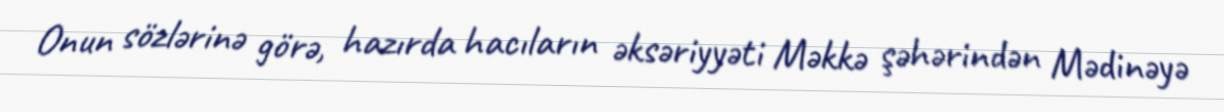
Onun sözlərinə görə, hazırda hacıların əksəriyyəti Məkkə şəhərindən Mədinəyə